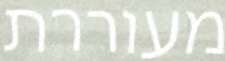
מעוררת